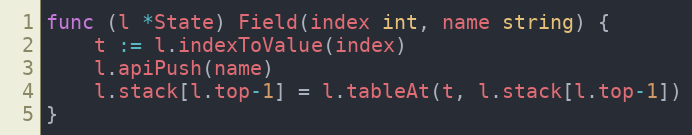
Language: Go
func (l *State) Field(index int, name string) {
	t := l.indexToValue(index)
	l.apiPush(name)
	l.stack[l.top-1] = l.tableAt(t, l.stack[l.top-1])
}